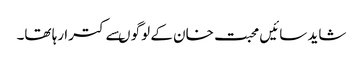
شاید سائیں محبت خان کے لوگو ںسے کترا رہا تھا۔